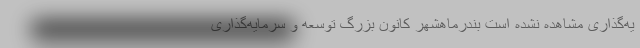
یه‌گذاری مشاهده نشده است بندرماهشهر کانون بزرگ توسعه و سرمایه‌گذاری